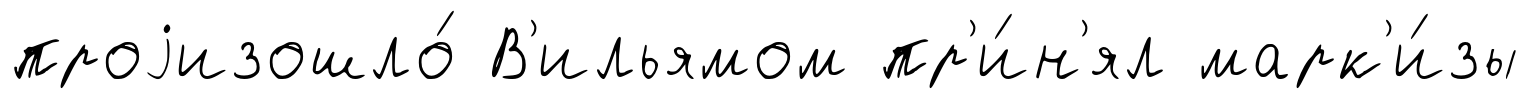
проjизошло́ В'ильямом пр'и́н'ял марк'и́зы